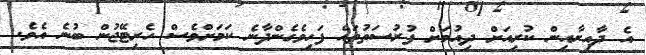
އެ ދާއިރާއިން ކުރިއަށް ދިއުމަށް ފުރުސަތުތައް ފަހިވެގެންދާނެ ކަމަށްވެސް ހެރިޓޭޖުން ބުނެ އެވެ.